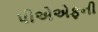
પીએએફની